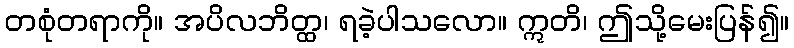
တစုံတရာကို။ အပိလဘိတ္ထ၊ ရခဲ့ပါသလော။ ဣတိ၊ ဤသို့မေးပြန်၍။